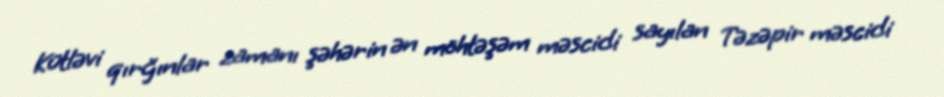
Kütləvi qırğınlar zamanı şəhərin ən möhtəşəm məscidi sayılan Təzəpir məscidi